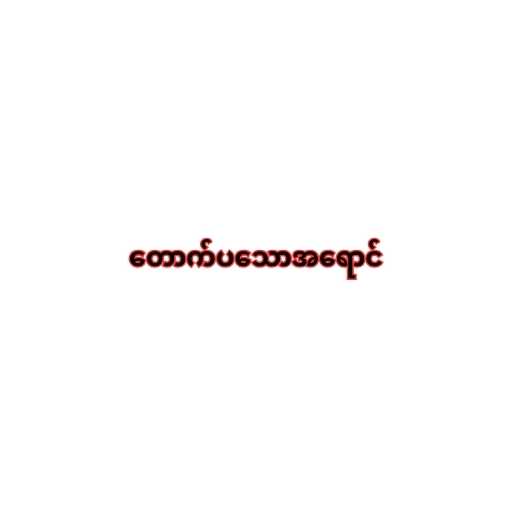
တောက်ပသောအရောင်